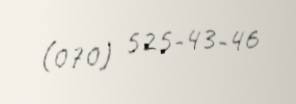
(070) 525-43-46